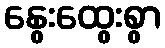
နွေးထွေးစွာ